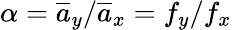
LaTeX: \alpha=\overline{{a}}_{y}/\overline{{a}}_{x}=f_{y}/f_{x}